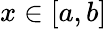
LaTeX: x\in[a,b]